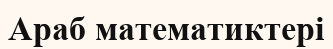
Араб математиктері